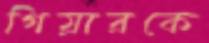
গিয়ারকে